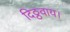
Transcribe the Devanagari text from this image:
दिठ्ठवाय।